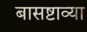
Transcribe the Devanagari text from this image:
बासष्टाव्या